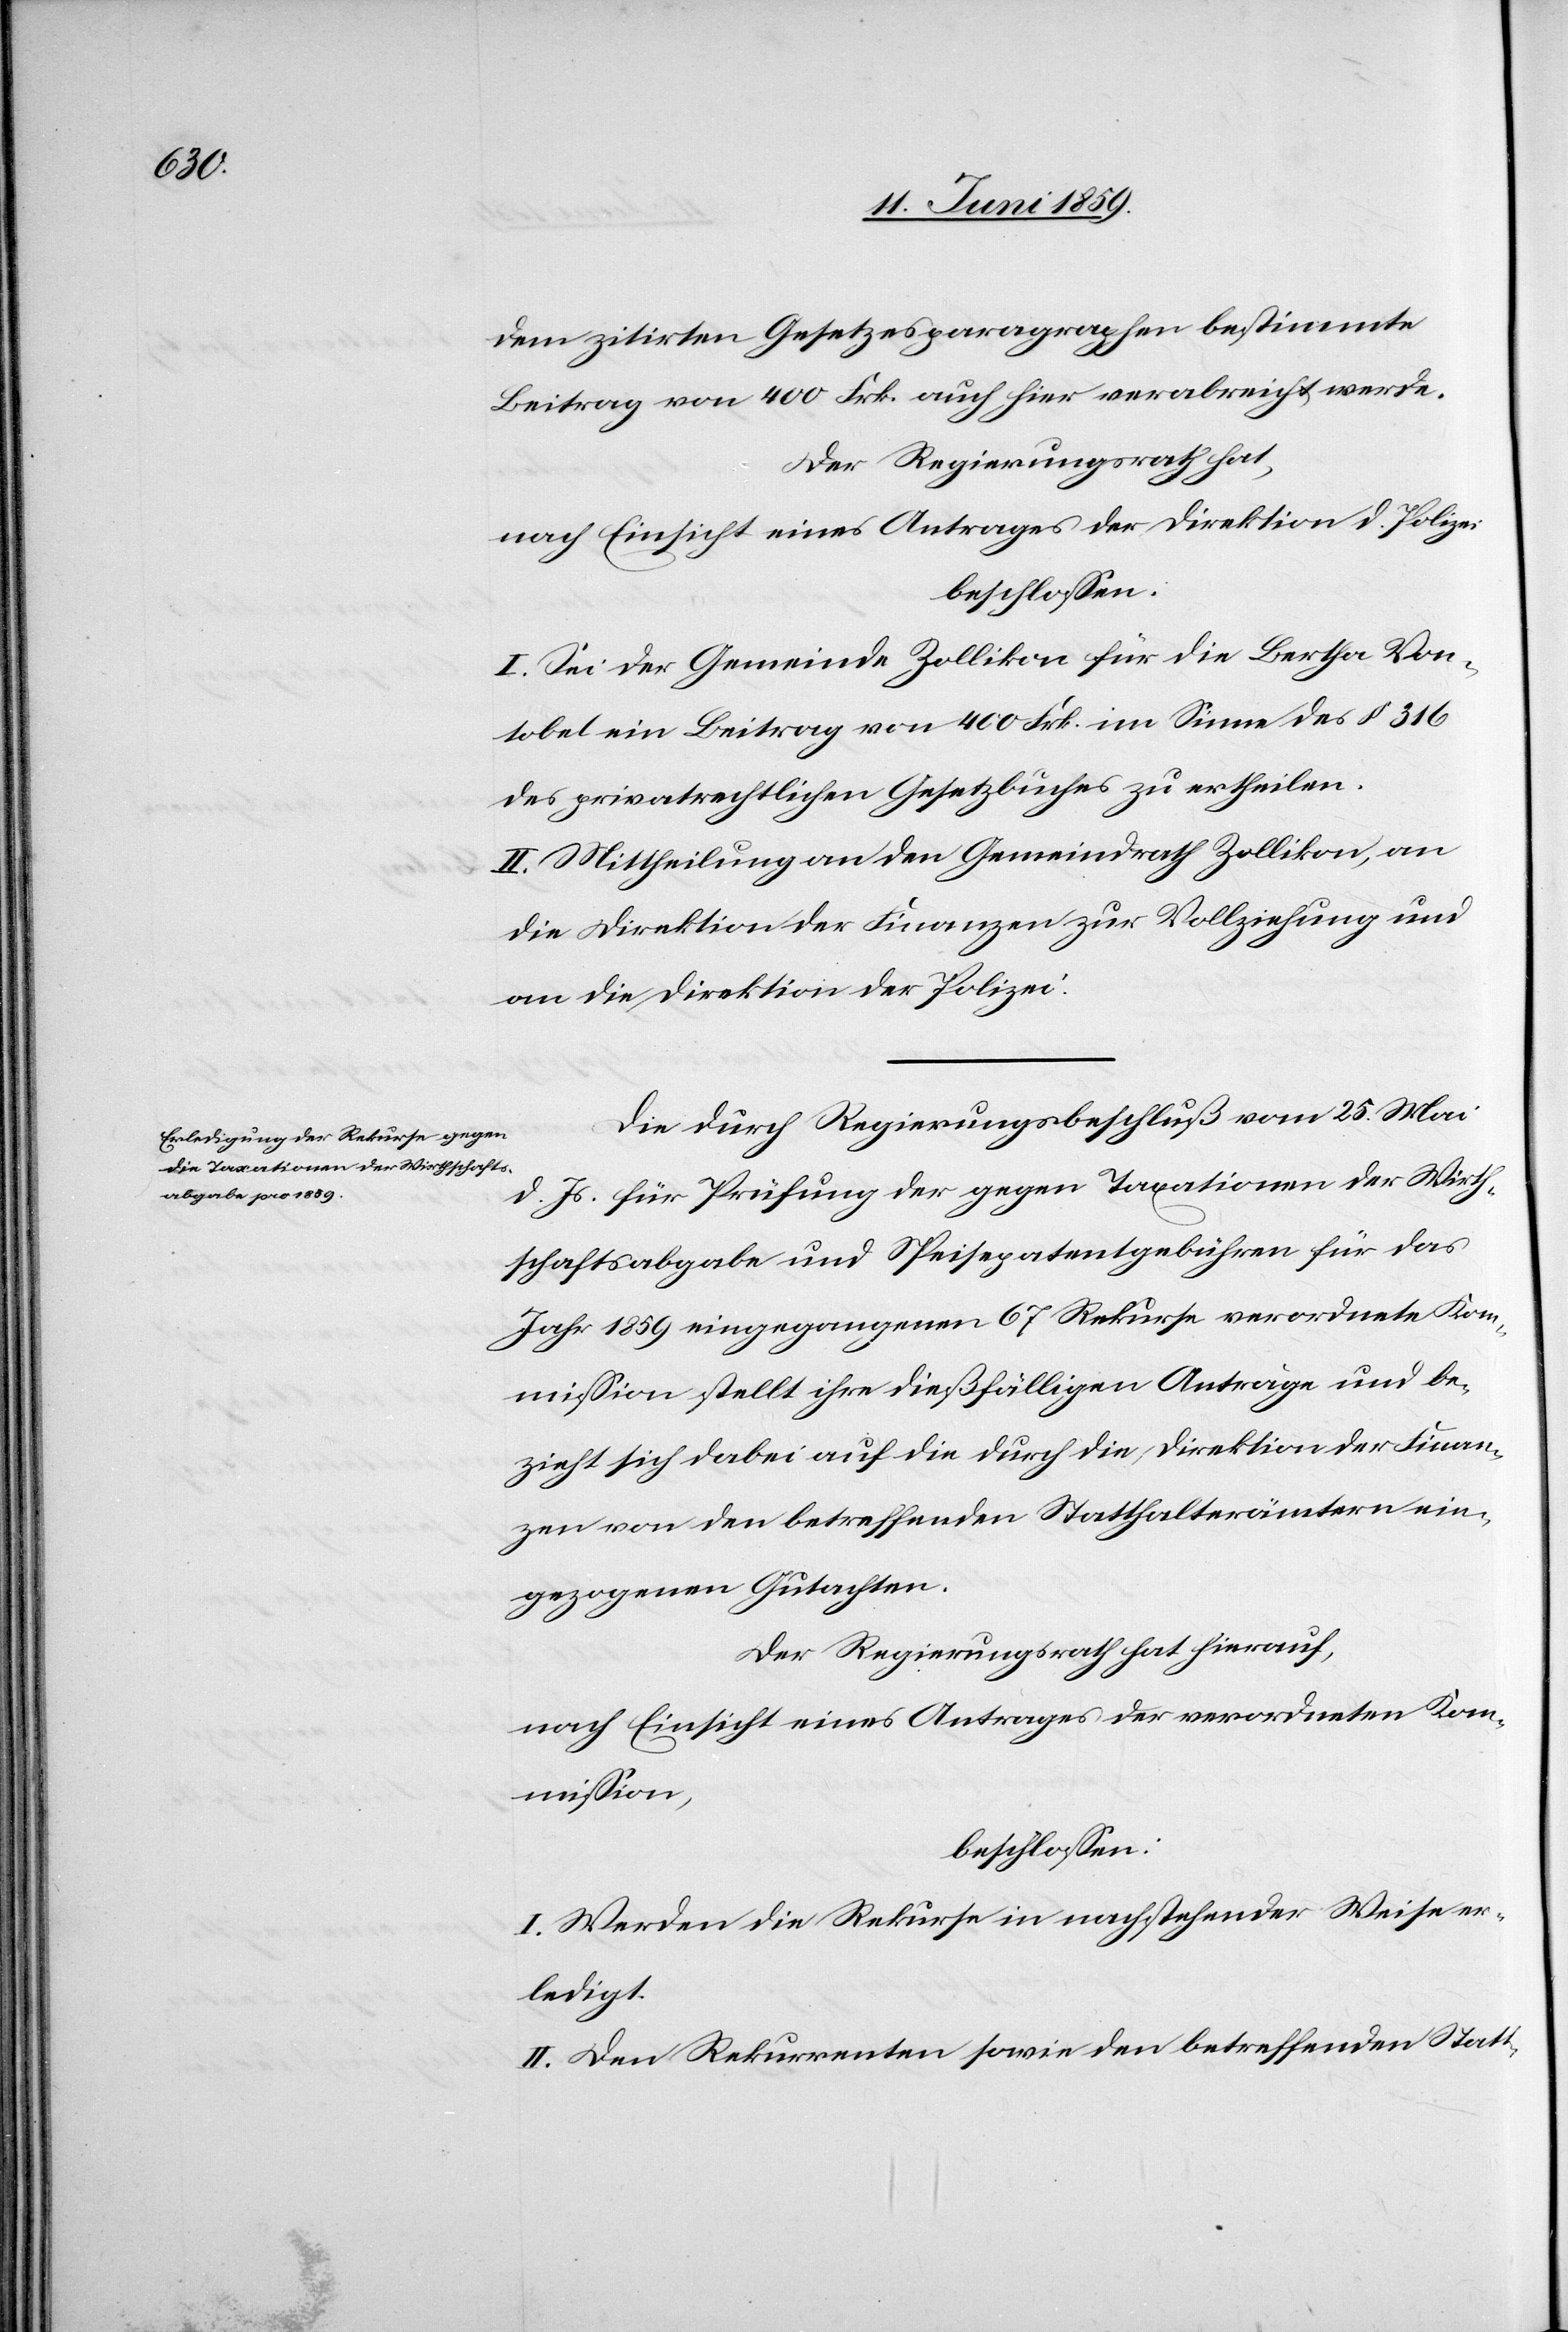
den zitirten Gesetzesparagraphen bestimmte
Beitrag von 400 Frk. auch hier verabreicht werde.
Der Regierungsrath hat,
nach Einsicht eines Antrages der Direktion d. Polizei
beschlossen:
I. Sei der Gemeinde Zollikon für die Bertha Von¬
tobel ein Beitrag von 400 Frk. im Sinne des § 316
des privatrechtlichen Gesetzbuches zu ertheilen.
II. Mittheilung an den Gemeindrath Zollikon, an
die Direktion der Finanzen zur Vollziehung und
an die Direktion der Polizei.
Die durch Regierungsbeschluß vom 25. Mai
d. Js. für Prüfung der gegen Taxationen der Wirth¬
schaftsabgabe und Speisepatentgebühren für das
Jahr 1859 eingegangenen 67 Rekurse verordnete Kom¬
mission stellt ihre dießfälligen Anträge und be¬
zieht sich dabei auf die durch die Direktion der Finan¬
zen von den betreffenden Statthalterämtern ein¬
gezogenen Gutachten.
Der Regierungsrath hat hierauf,
nach Einsicht eines Antrages der verordneten Kom¬
mission,
beschlossen:
I. Werden die Rekurse in nachstehender Weise er¬
ledigt.
II. Den Rekurrenten sowie den betreffenden Statt-